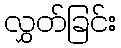
လွှတ်ခြင်း